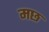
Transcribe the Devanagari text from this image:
मछ